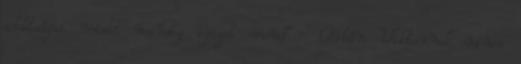
adottságai miatt mindig igazat mond - Orbán Viktornak nincs